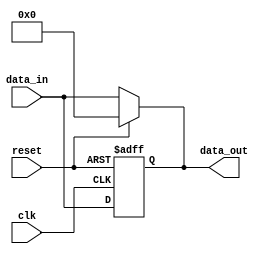
module async_reset_behavioral (
    input wire clk,          // Clock signal
    input wire reset,        // Asynchronous reset signal
    input wire [7:0] data_in, // Data input signal
    output reg [7:0] data_out // Data output signal
);

// Behavioral logic with asynchronous reset
always @* begin
    if (reset) begin
        // Asynchronous reset condition
        data_out = 8'b0; // Reset output to zero (or any predefined value)
    end else begin
        // Normal operation on clock edge
        data_out = data_in; // Capture input data
    end
end

// Sequential logic with clock edge sensitivity
always @(posedge clk or posedge reset) begin
    if (reset) begin
        // Reset condition takes precedence
        data_out <= 8'b0; // Reset output to zero
    end else begin
        // Update output on clock edge
        data_out <= data_in; // Store input data into output
    end
end

endmodule